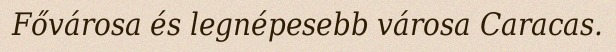
Fővárosa és legnépesebb városa Caracas.